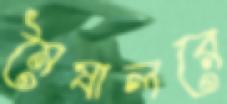
মৈষালরে